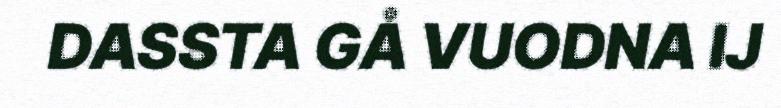
DASSTA GÅ VUODNA IJ